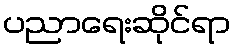
ပညာရေးဆိုင်ရာ